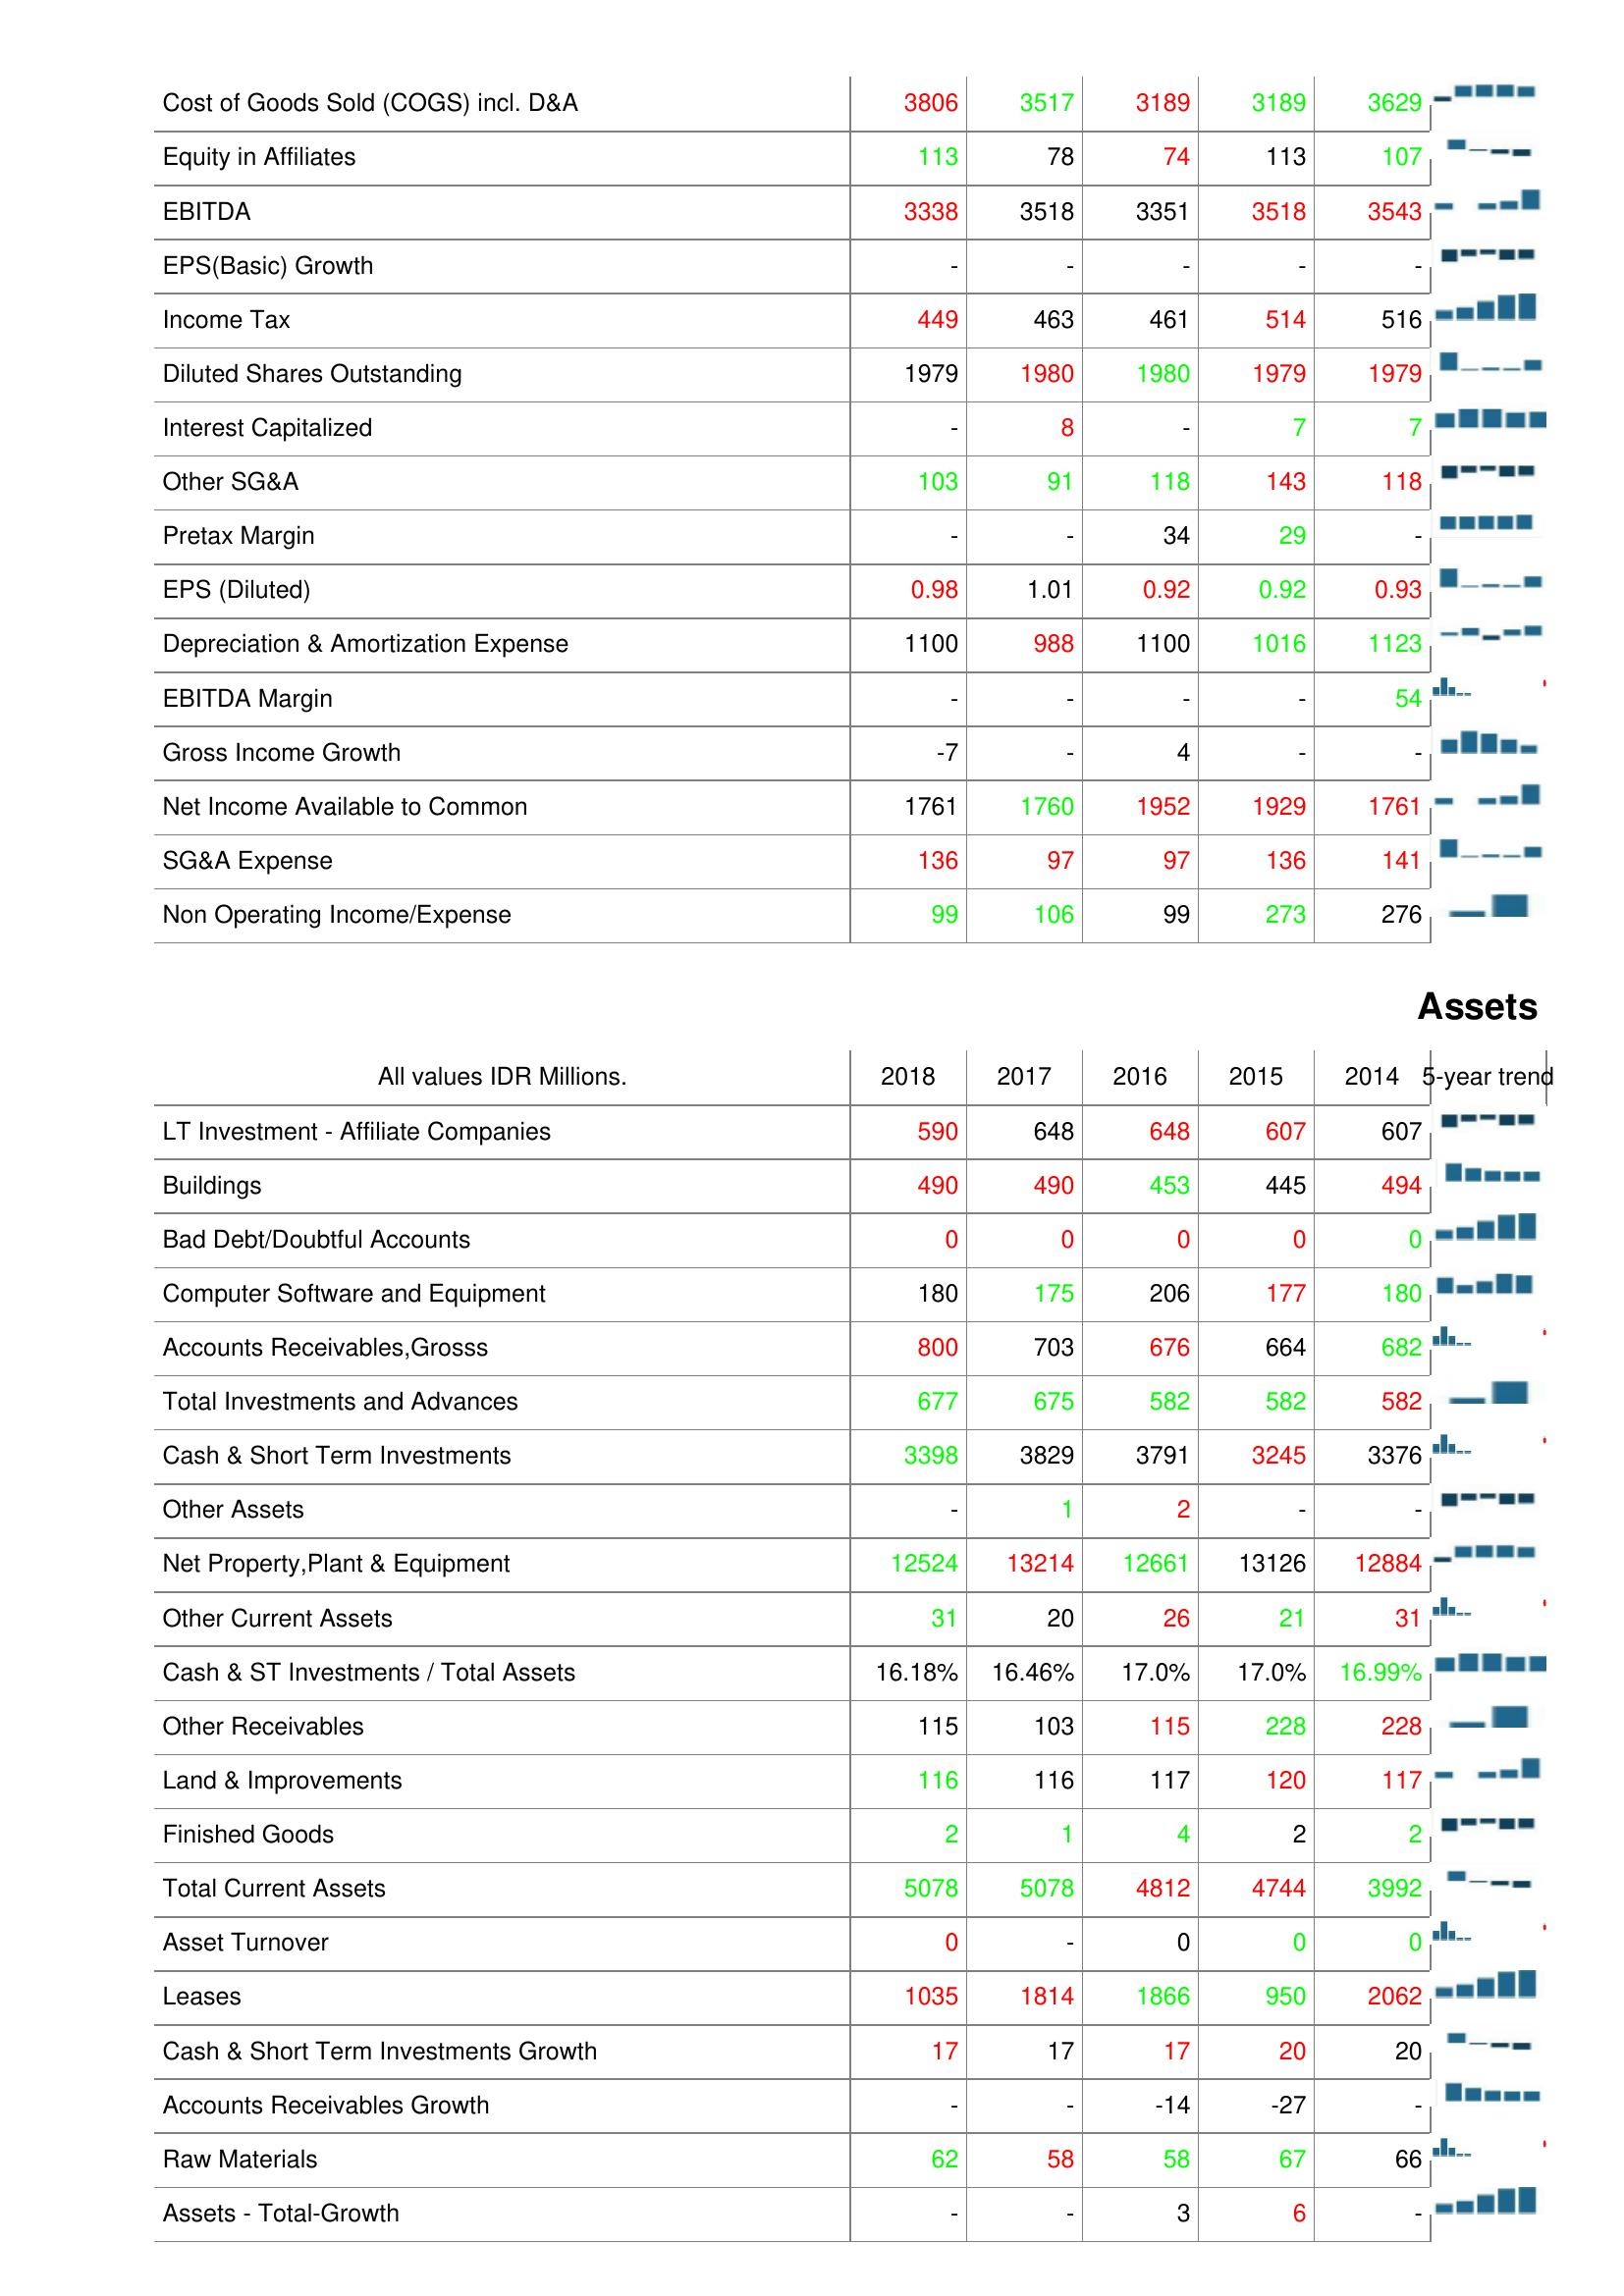
2018: : Cost of Goods Sold (COGS) incl. D&A: 3806
Equity in Affiliates: 113
EBITDA: 3338
EPS(Basic) Growth: -
Income Tax: 449
Diluted Shares Outstanding: 1979
Interest Capitalized: -
Other SG&A: 103
Pretax Margin: -
EPS (Diluted): 0.98
Depreciation & Amortization Expense: 1100
EBITDA Margin: -
Gross Income Growth: -7
Net Income Available to Common: 1761
SG&A Expense: 136
Non Operating Income/Expense: 99
Assets: LT Investment - Affiliate Companies: 590
Buildings: 490
Bad Debt/Doubtful Accounts: 0
Computer Software and Equipment: 180
Accounts Receivables,Grosss: 800
Total Investments and Advances: 677
Cash & Short Term Investments: 3398
Other Assets: -
Net Property,Plant & Equipment: 12524
Other Current Assets: 31
Cash & ST Investments / Total Assets: 16.18%
Other Receivables: 115
Land & Improvements: 116
Finished Goods: 2
Total Current Assets: 5078
Asset Turnover: 0
Leases: 1035
Cash & Short Term Investments Growth: 17
Accounts Receivables Growth: -
Raw Materials: 62
Assets - Total-Growth: -
2017: : Cost of Goods Sold (COGS) incl. D&A: 3517
Equity in Affiliates: 78
EBITDA: 3518
EPS(Basic) Growth: -
Income Tax: 463
Diluted Shares Outstanding: 1980
Interest Capitalized: 8
Other SG&A: 91
Pretax Margin: -
EPS (Diluted): 1.01
Depreciation & Amortization Expense: 988
EBITDA Margin: -
Gross Income Growth: -
Net Income Available to Common: 1760
SG&A Expense: 97
Non Operating Income/Expense: 106
Assets: LT Investment - Affiliate Companies: 648
Buildings: 490
Bad Debt/Doubtful Accounts: 0
Computer Software and Equipment: 175
Accounts Receivables,Grosss: 703
Total Investments and Advances: 675
Cash & Short Term Investments: 3829
Other Assets: 1
Net Property,Plant & Equipment: 13214
Other Current Assets: 20
Cash & ST Investments / Total Assets: 16.46%
Other Receivables: 103
Land & Improvements: 116
Finished Goods: 1
Total Current Assets: 5078
Asset Turnover: -
Leases: 1814
Cash & Short Term Investments Growth: 17
Accounts Receivables Growth: -
Raw Materials: 58
Assets - Total-Growth: -
2016: : Cost of Goods Sold (COGS) incl. D&A: 3189
Equity in Affiliates: 74
EBITDA: 3351
EPS(Basic) Growth: -
Income Tax: 461
Diluted Shares Outstanding: 1980
Interest Capitalized: -
Other SG&A: 118
Pretax Margin: 34
EPS (Diluted): 0.92
Depreciation & Amortization Expense: 1100
EBITDA Margin: -
Gross Income Growth: 4
Net Income Available to Common: 1952
SG&A Expense: 97
Non Operating Income/Expense: 99
Assets: LT Investment - Affiliate Companies: 648
Buildings: 453
Bad Debt/Doubtful Accounts: 0
Computer Software and Equipment: 206
Accounts Receivables,Grosss: 676
Total Investments and Advances: 582
Cash & Short Term Investments: 3791
Other Assets: 2
Net Property,Plant & Equipment: 12661
Other Current Assets: 26
Cash & ST Investments / Total Assets: 17.0%
Other Receivables: 115
Land & Improvements: 117
Finished Goods: 4
Total Current Assets: 4812
Asset Turnover: 0
Leases: 1866
Cash & Short Term Investments Growth: 17
Accounts Receivables Growth: -14
Raw Materials: 58
Assets - Total-Growth: 3
2015: : Cost of Goods Sold (COGS) incl. D&A: 3189
Equity in Affiliates: 113
EBITDA: 3518
EPS(Basic) Growth: -
Income Tax: 514
Diluted Shares Outstanding: 1979
Interest Capitalized: 7
Other SG&A: 143
Pretax Margin: 29
EPS (Diluted): 0.92
Depreciation & Amortization Expense: 1016
EBITDA Margin: -
Gross Income Growth: -
Net Income Available to Common: 1929
SG&A Expense: 136
Non Operating Income/Expense: 273
Assets: LT Investment - Affiliate Companies: 607
Buildings: 445
Bad Debt/Doubtful Accounts: 0
Computer Software and Equipment: 177
Accounts Receivables,Grosss: 664
Total Investments and Advances: 582
Cash & Short Term Investments: 3245
Other Assets: -
Net Property,Plant & Equipment: 13126
Other Current Assets: 21
Cash & ST Investments / Total Assets: 17.0%
Other Receivables: 228
Land & Improvements: 120
Finished Goods: 2
Total Current Assets: 4744
Asset Turnover: 0
Leases: 950
Cash & Short Term Investments Growth: 20
Accounts Receivables Growth: -27
Raw Materials: 67
Assets - Total-Growth: 6
2014: : Cost of Goods Sold (COGS) incl. D&A: 3629
Equity in Affiliates: 107
EBITDA: 3543
EPS(Basic) Growth: -
Income Tax: 516
Diluted Shares Outstanding: 1979
Interest Capitalized: 7
Other SG&A: 118
Pretax Margin: -
EPS (Diluted): 0.93
Depreciation & Amortization Expense: 1123
EBITDA Margin: 54
Gross Income Growth: -
Net Income Available to Common: 1761
SG&A Expense: 141
Non Operating Income/Expense: 276
Assets: LT Investment - Affiliate Companies: 607
Buildings: 494
Bad Debt/Doubtful Accounts: 0
Computer Software and Equipment: 180
Accounts Receivables,Grosss: 682
Total Investments and Advances: 582
Cash & Short Term Investments: 3376
Other Assets: -
Net Property,Plant & Equipment: 12884
Other Current Assets: 31
Cash & ST Investments / Total Assets: 16.99%
Other Receivables: 228
Land & Improvements: 117
Finished Goods: 2
Total Current Assets: 3992
Asset Turnover: 0
Leases: 2062
Cash & Short Term Investments Growth: 20
Accounts Receivables Growth: -
Raw Materials: 66
Assets - Total-Growth: -